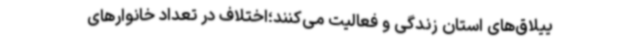
ییلاق‌های استان زندگی و فعالیت می‌کنند؛اختلاف در تعداد خانوارهای